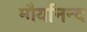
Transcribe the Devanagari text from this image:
मौर्यानन्द